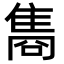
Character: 𮥼